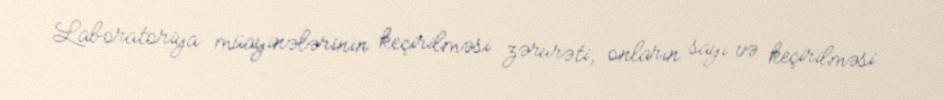
Laboratoriya müayinələrinin keçirilməsi zərurəti, onların sayı və keçirilməsi